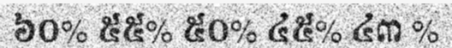
៦០% ៥៥% ៥០% ៤៥% ៤៣ %